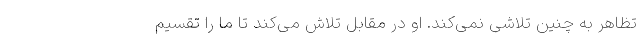
تظاهر به چنین تلاشی نمی‌کند. او در مقابل تلاش می‌کند تا ما را تقسیم